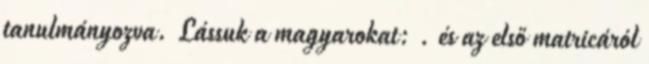
tanulmányozva. Lássuk a magyarokat: . és az első matricáról